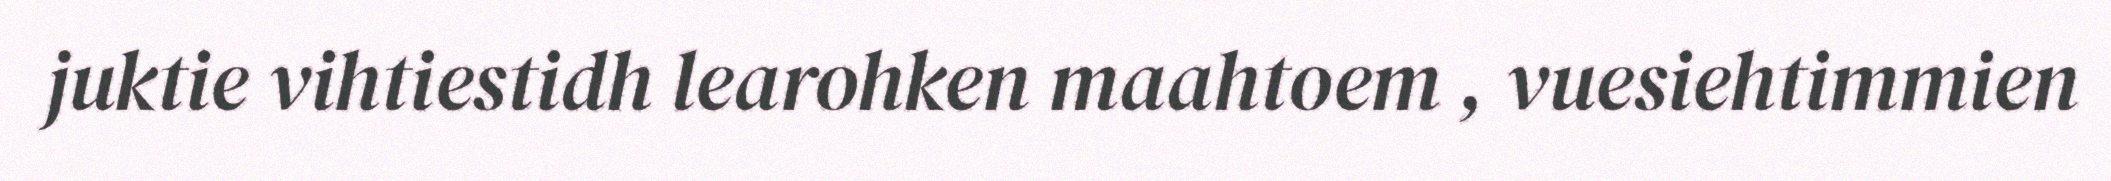
juktie vihtiestidh learohken maahtoem , vuesiehtimmien